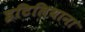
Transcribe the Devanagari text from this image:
इटिलियाना